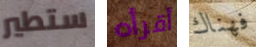
ستطير أقرأه فهناك